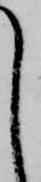
て